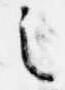
之